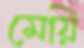
মেয়ি